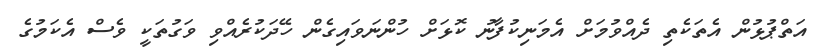
އަތްޕުޅުން އެތަކެތި ދެއްވުމަށް އެމަނިކުފާނު ކޮޅަށް ހުންނަވައިގެން ހޭދަކުރެއްވި ވަގުތަކީ ވެސް އެކަމުގެ